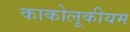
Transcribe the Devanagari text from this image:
काकोलूकीयम